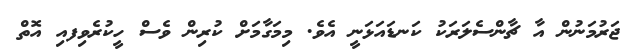
ޖަރުމަނުން އާ ޗާންސެލަރަކު ކަނޑައަޅަނީ އެވެ. މިމަގާމަށް ކުރިން ވެސް ހީކުރެވިފއި އޮތް